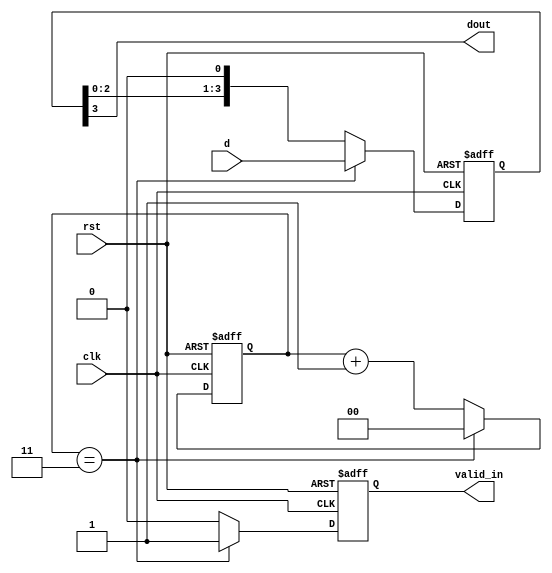
`timescale 1ns/1ns
module huawei5(
	input wire clk       ,
	input wire rst       ,
	input wire [3:0]d    ,
	output wire valid_in ,
	output wire dout
	);

//*************code***********//

	reg [3:0] d_reg ;
	reg valid_in_reg;
	reg [1:0] cnt   ;

	always @ (posedge clk or negedge rst) begin
		if (rst == 1'b0) begin
			d_reg 	     <= 4'b0000 ;
			cnt          <= 2'b00   ;
			valid_in_reg <= 1'b0    ;
		end else begin 
			if (cnt == 2'b11) begin
					d_reg 		 <= d 	    ;
					valid_in_reg <= 1'b1 	;
					cnt 		 <= 2'b00   ;
			end else begin
					d_reg    <= {d_reg[2:0], 1'b0};
					valid_in_reg <= 1'b0  	   ;
					cnt 		 <= cnt + 1'b1 ;
				end
		end
	end

	assign dout 	= d_reg[3] 		;
	assign valid_in = valid_in_reg  ;

//*************code***********//

endmodule